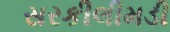
સરકીલીમડી